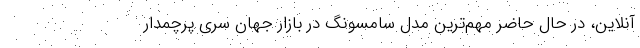
آنلاین، در حال حاضر مهم‌ترین مدل سامسونگ در بازار جهان سری پرچمدار